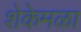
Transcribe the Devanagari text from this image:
शेकेमळा